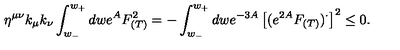
\eta ^ { \mu \nu } k _ { \mu } k _ { \nu } \int _ { w _ { - } } ^ { w _ { + } } d w e ^ { A } F _ { ( T ) } ^ { 2 } = - \int _ { w _ { - } } ^ { w _ { + } } d w e ^ { - 3 A } \left[ ( e ^ { 2 A } F _ { ( T ) } ) ^ { \cdot } \right] ^ { 2 } \leq 0 .